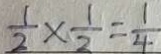
\frac { 1 } { 2 } \times \frac { 1 } { 2 } = \frac { 1 } { 4 }